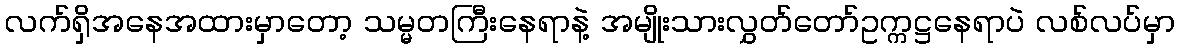
လက်ရှိအနေအထားမှာတော့ သမ္မတကြီးနေရာနဲ့ အမျိုးသားလွှတ်တော်ဥက္ကဋ္ဌနေရာပဲ လစ်လပ်မှာ